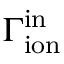
\Gamma _ { \mathrm { i o n } } ^ { \mathrm { i n } }